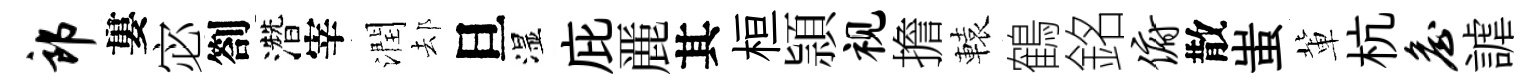
郎婁宓劄濳宰潤𨚫旦湿庇䴡其桓頴视擔轅鶴銘俯散蚩軰杭詹謔